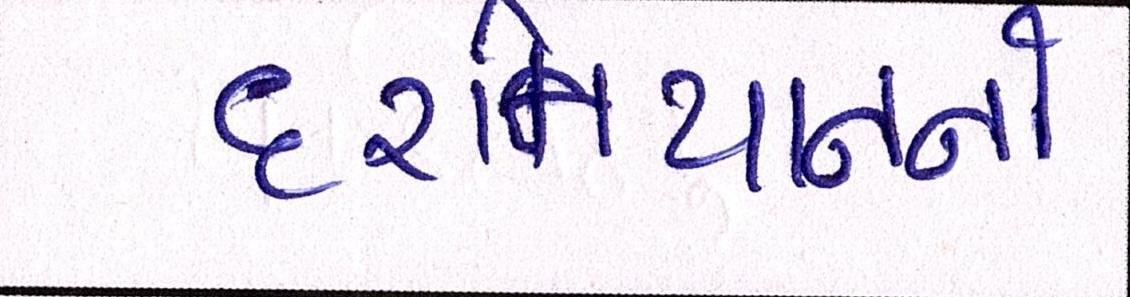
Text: દરમિયાનનો